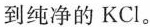
到纯净的KCl。